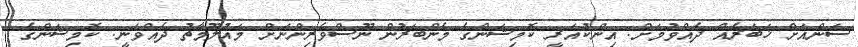
ސަންއަށް ޚަބަރެއް ދެއްވުމަށް: އިންކުއަރީ ކޮމިޝަންގެ މެންބަރުން ނޫސްވެރިންނަށް މައުލޫމާތު ދެއްވަނީ: ކޮމިޝަންގެ